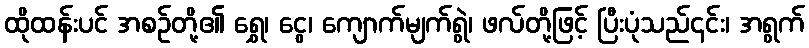
ထိုထန်းပင် အစဉ်တို့၏ ရွှေ၊ ငွေ၊ ကျောက်မျက်ရွဲ၊ ဖလ်တို့ဖြင့် ပြီးပုံသည်၎င်း၊ အရွက်